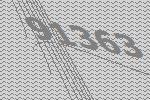
91363